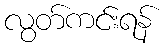
လွတ်ကင်းရန်